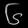
Digit: ၆